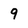
Character: 9